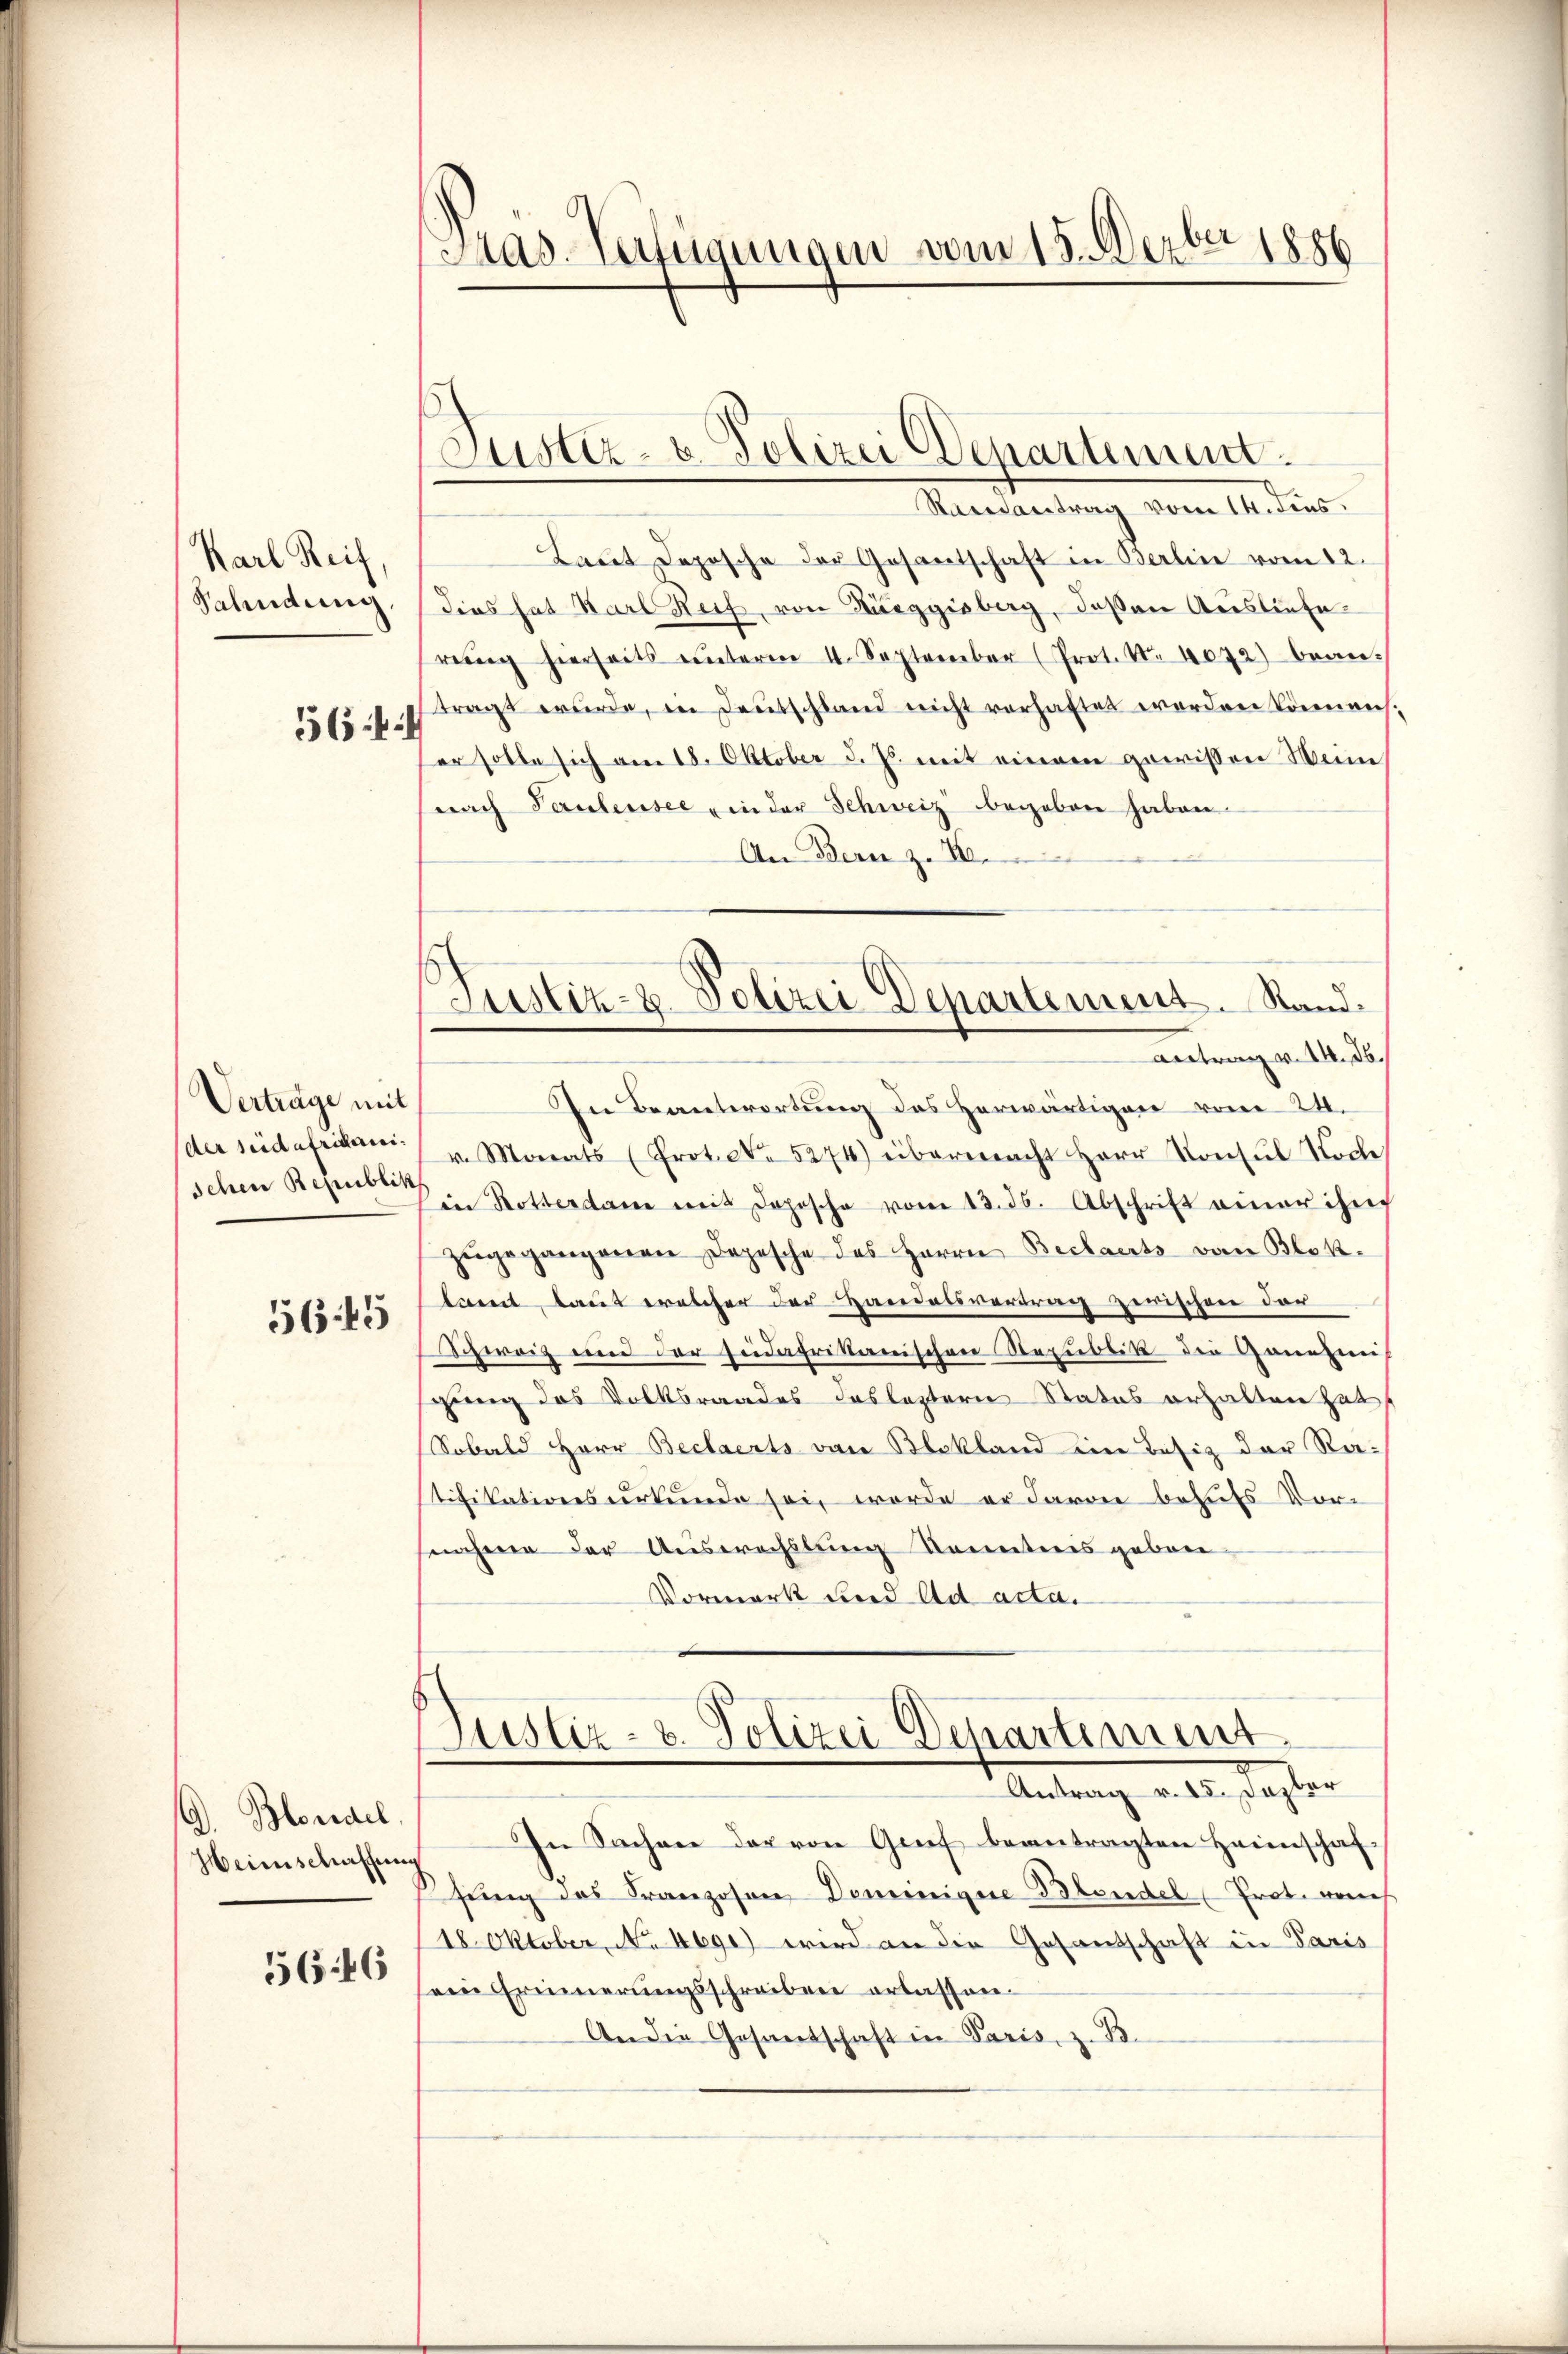
Karl Reif,
Sahndung,

564

Vertrage mit
der seidafricherei
schen Republik
5645

G. Blondel
Heimschaffung
5646

Pras-Verfügungen vom 15. Dezbr 1886

Justiz- & Polizei Departement.

Justiz- & Polizei Departement. Stande
antrag v. 14. ds.

Saisantrag vom 14. dens
Laut Deposche der Gesantschaft in Berlin vom 12.
dies hat Karl Reif, von Rüeggisberg, deßen Ausliefe
reŭng hierseits unterm 4. September (Prot. Nr. 4072) bean-
tragt wurde, in Deutschland nicht verhaftet worden können.
er solle sich am 18. Oktober d. Js. mit einem gewissen Meine
(nach Paulensee in der Schweiz begeben haben.
An Bern zu We
In Beantwortung des Herwärtigen vom 24.
v. Monats (Prot. c. 5274) übermacht Herr Konsul Soche
in Rotterdam mit dopische vom 13. ds. Abschrift einer ihm
zŭgegangenen Depesche des Herrn Beclaerts von Blok-
tant, laut welcher der Handelsvertrag zerischen der
weiz und der südafrikanischen Republik die Generin
gung des Volksraades das leztern Status erhalten hat,
Sobald Herr Beclaerts von Bekland ein Besiz der Ratifikationsurkunde sei, worde er davon behufs Vorsnahme der Auswachstung Kenntnis geben
Vormerk und ad acta.

Justiz- & Polizei Departiment.
Antrag v. 15. Dazber

In Sachen der von Greif beantragten Heimschaf
fling des Franzosen Deminigue Blendel (Prot. von
18. Oktober, No 4690) wird an die Gesantschaft in Paris
sein Erinnerungsschreiben erlassen.
An die Gesandschaft in Paris, z. B.